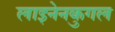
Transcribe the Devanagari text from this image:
लाइनेनकुगल